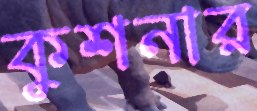
কুশনার